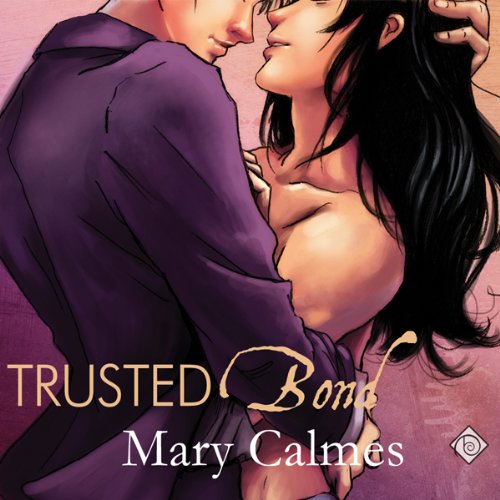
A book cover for Trusted Bond: Change of Heart, Book 2; Mary Calmes; Romance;